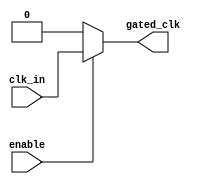
module ClockGatingCell (
    input wire clk_in,       // Input clock signal
    input wire enable,       // Enable signal
    output wire gated_clk    // Gated clock output
);
    assign gated_clk = enable ? clk_in : 1'b0; // Gated clock output
endmodule